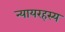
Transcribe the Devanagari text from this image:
न्यायरहस्य